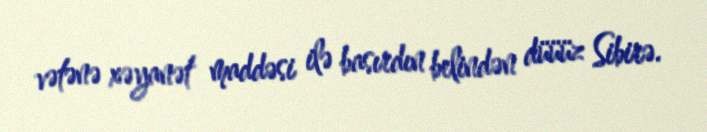
vətənə xəyanət maddəsi ilə basırdın belindən düüüz Sibirə.